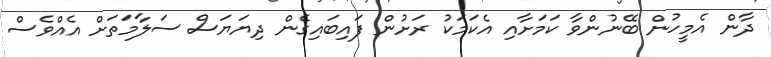
ދާން އެމީހުން ބޭނުންވާ ކަމަށާއި އެކަމަކު ރަށުން ފައިބައިގެން ދިޔަޔަސް ސަލާމަތަށް އެއްވެސް